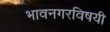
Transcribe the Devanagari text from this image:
भावनगरविषयी